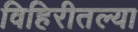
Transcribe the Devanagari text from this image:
विहिरीतल्या